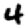
Digit: 4